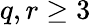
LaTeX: q,r\geq 3